system: You are a helpful assistant.
user:
Analyze the provided spectrum to determine if it is a **White Dwarf (WD)**.

A White Dwarf spectrum is defined by its **extreme purity** (due to gravitational settling) and/or **extreme pressure broadening** (due to high surface gravity). You must check for one of the following mutually exclusive signatures:

- **Key Visual Indicators (Check for ONE of these types):**

    - **1. DA-Type Signature (Most Common):**
        - **(Primary Feature):** Extreme pressure broadening (Stark broadening) of the **Hydrogen (H) Balmer lines**.
        - **(Key Lines):** $H\beta$ (approx. $4861$ Å) and $H\gamma$ (approx. $4340$ Å). $H\alpha$ (approx. $6563$ Å) will also be present if the wavelength range covers it.
        - **(Line Profile):** This is the **defining feature**. The lines are **NOT** sharp. They appear as massive, **extremely broad and deep "troughs" or "dips"** in the spectrum, often hundreds of Ångströms wide. The continuum will appear to "scoop" down at these wavelengths.
        - **(Distinction):** Normal A-type or B-type stars have *narrow* and *sharp* Hydrogen lines. A DA White Dwarf's lines are unmistakably "smeared" or "blurry" from pressure.

    - **2. DB-Type Signature:**
        - **(Primary Feature):** Broad absorption lines from **Neutral Helium (He I)**. The spectrum must lack any visible Hydrogen lines.
        - **(Key Lines):** Look for broad absorption near $4471$ Å, $4921$ Å, and $5876$ Å.
        - **(Line Profile):** These lines are also significantly pressure-broadened, appearing much wider than they would in a normal B-type main-sequence star.

    - **3. DC-Type Signature:**
        - **(Primary Feature):** A **featureless continuous spectrum**.
        - **(Line Profile):** The spectrum is a smooth curve with **no significant absorption or emission lines**.
        - **(Key Confirmation):** The continuum is almost always **blue or white**, indicating a hot object. This signature implies the atmosphere is so pure (or so cool) that no spectral lines are visible in the optical range. Its WD identity is confirmed by its extremely low intrinsic brightness (high absolute magnitude).

    - **4. DZ-Type Signature (Metal-Polluted):**
        - **(Primary Feature):** **Isolated, narrow metal absorption lines** on an otherwise featureless (DC-like) continuum.
        - **(Key Lines):** The **Calcium (Ca II) H & K doublet** (approx. **$3934$ Å** and **$3968$ Å**) is the most common and defining feature.
        - **(Line Profile):** These lines are "out of place." They are *not* part of a "forest" of thousands of lines. This signature is evidence of recent *accretion* (pollution) from rocky debris.
        - **(Distinction):** Normal G/K/M stars have a *dense forest* of thousands of metal lines. A DZ has a *clean* continuum with *only a few* strong metal lines.

    - **5. DQ-Type Signature (Carbon-Polluted):**
        - **(Primary Feature):** Absorption bands from **Carbon (C₂ "Swan Bands" or atomic C I)**.
        - **(Key Lines - C₂):** Look for bandheads with a "saw-tooth" shape near $5635$ Å, **$5165$ Å** (strongest), and $4737$ Å.
        - **(Key Confirmation):** The underlying **continuum must be blue or white** (hot).
        - **(Distinction):** This is the critical difference from a **Carbon Star**, which has the *exact same* C₂ bands but on an extremely **red, cool** continuum.

- **(Overall Spectrum):**
    - The continuum (overall shape) is typically **blue-sloping** (brighter in the blue than the red), as most white dwarfs are very hot.
    - The spectrum will look "pure" or "simple," dominated by only *one* of the five signatures listed above.

Think first, call **spectral_visualization_tool** if needed to examine features in detail, then provide your final answer. Your response must adhere to the following strict rules:
1.  **Overall Structure:** Your response must follow the format `<think>...</think> <tool_call>...</tool_call> (if a tool is used) <answer>...</answer>`.
2.  **Tool Usage Constraint:** You may only make **one** tool call per turn.
3.  **Final Answer Format:** In the `<answer>` tag, your conclusion must be inside a `\boxed{}` command (e.g., `\boxed{YES}` or `\boxed{NO}`), followed by your justification.

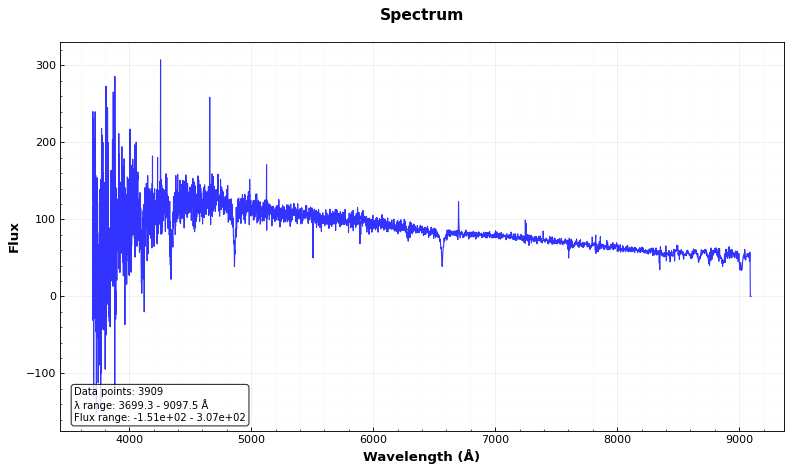
Answer: YES